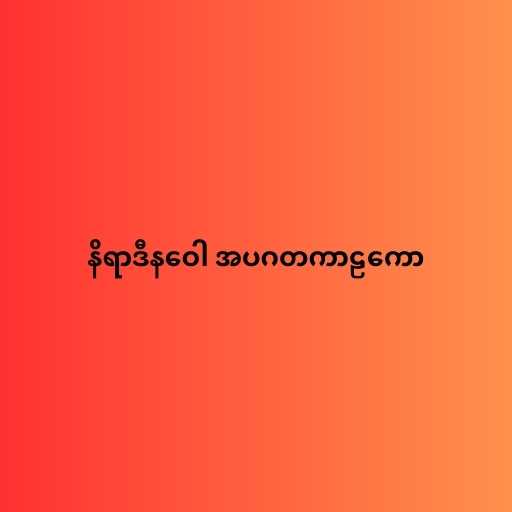
နိရာဒီနဝေါ အပဂတကာဠကော